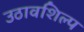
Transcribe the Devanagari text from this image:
उठावशिल्प